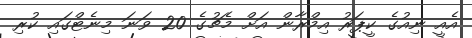
އެއީ ނިއުގެ ކީޕަރު އިމްރާން އަށް މެޗުގެ 20 ވަނަ މިނެޓްގައި ކުރި